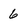
Character: 6